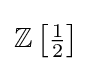
\mathbb {Z} \left[{\tfrac {1}{2}}\right]